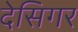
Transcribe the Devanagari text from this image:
देसिगर